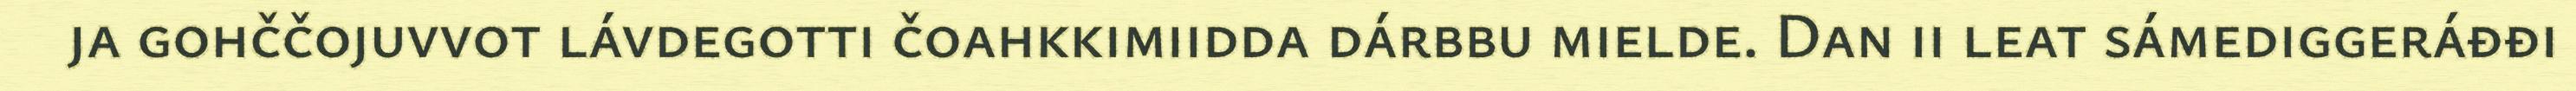
ja gohččojuvvot lávdegotti čoahkkimiidda dárbbu mielde. Dan ii leat sámediggeráđđi